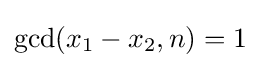
\gcd(x_{1}-x_{2},n)=1